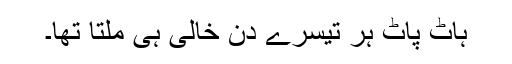
ہاٹ پاٹ ہر تیسرے دن خالی ہی ملتا تھا۔